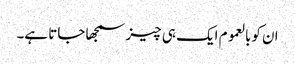
ان کوبالعموم ایک ہی چیز سمجھا جاتا ہے۔